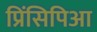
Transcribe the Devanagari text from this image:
प्रिंसिपिआ